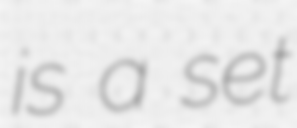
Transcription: is a set